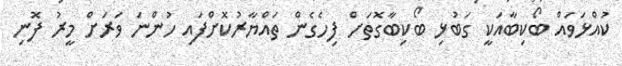
ކުއްޅަވައް ބޯކިބާއަކީ ގަބުޅި ބޯކިބާގޮތަށް ފިހެގެން ތައްޔާރުކޮށްފައި ހުންނަ ވަރަށް މީރު ފޮނި